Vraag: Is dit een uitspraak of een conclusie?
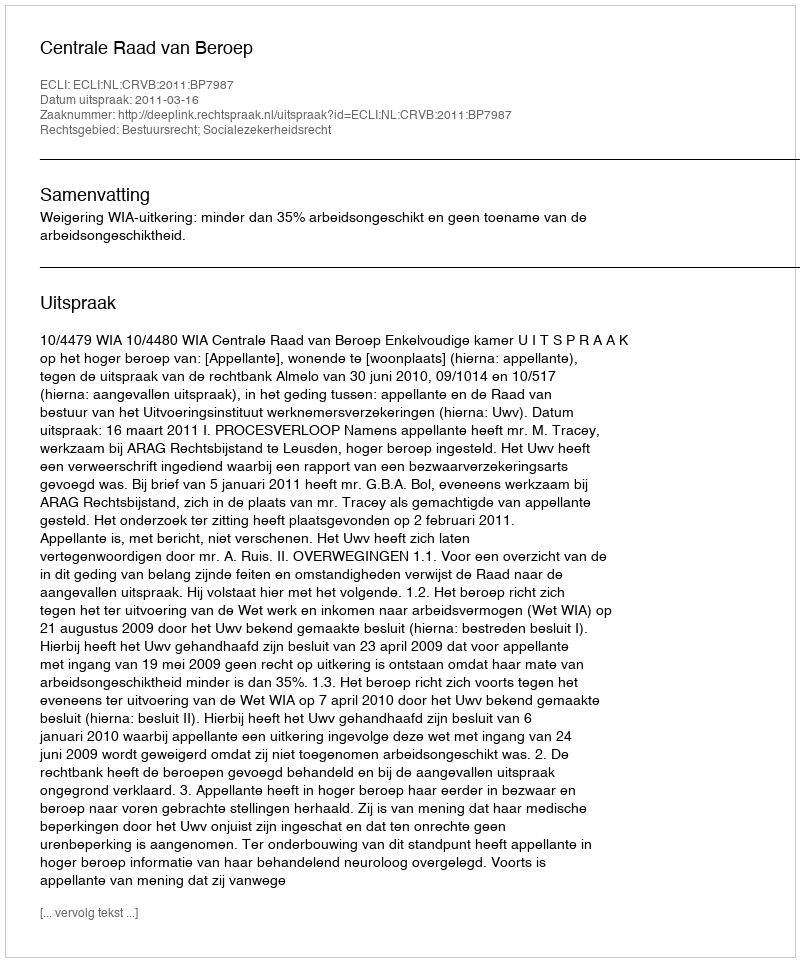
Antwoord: Uitspraak